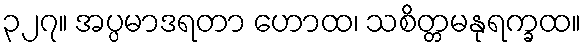
၃၂၇။ အပ္ပမာဒရတာ ဟောထ၊ သစိတ္တမနုရက္ခထ။